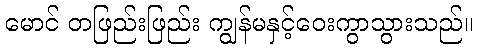
မောင် တဖြည်းဖြည်း ကျွန်မနှင့်ဝေးကွာသွားသည်။